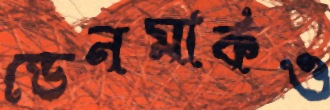
ডেনমার্কও